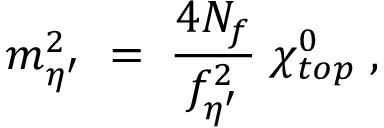
m _ { \eta ^ { \prime } } ^ { 2 } \; = \; \frac { 4 N _ { f } } { f _ { \eta ^ { \prime } } ^ { 2 } } \; \chi _ { t o p } ^ { 0 } \; ,